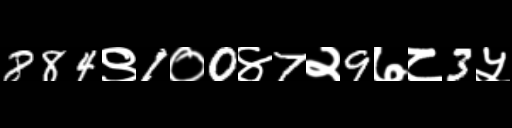
Text: 884९1०0४7२9७८3५